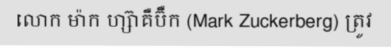
លោក ម៉ាក ហ្ស៊ាគឺប៊ឺក (Mark Zuckerberg) ត្រូវ